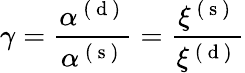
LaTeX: \gamma=\frac{\alpha^{\mathrm{~(~d~)~}}}{\alpha^{\mathrm{~(~s~)~}}}=\frac{\xi^{\mathrm{~(~s~)~}}}{\xi^{\mathrm{~(~d~)~}}}